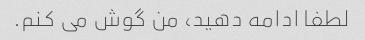
لطفا ادامه دهید، من گوش می کنم.